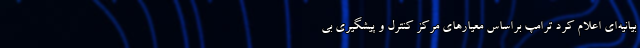
بیانیه‌ای اعلام کرد ترامپ براساس معیارهای مرکز کنترل و پیشگیری بی